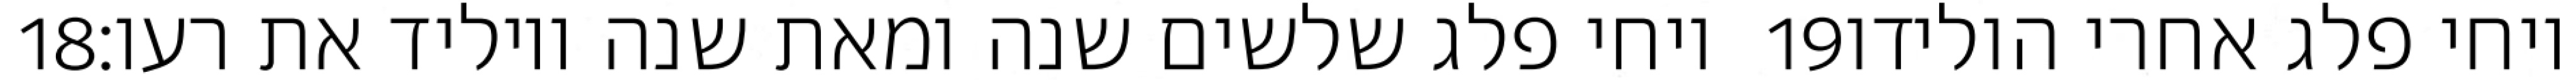
‎18‏ ויחי פלג שלשים שנה ומאת שנה ויוליד את רעו׃ ‎19‏ ויחי פלג אחרי הולידו